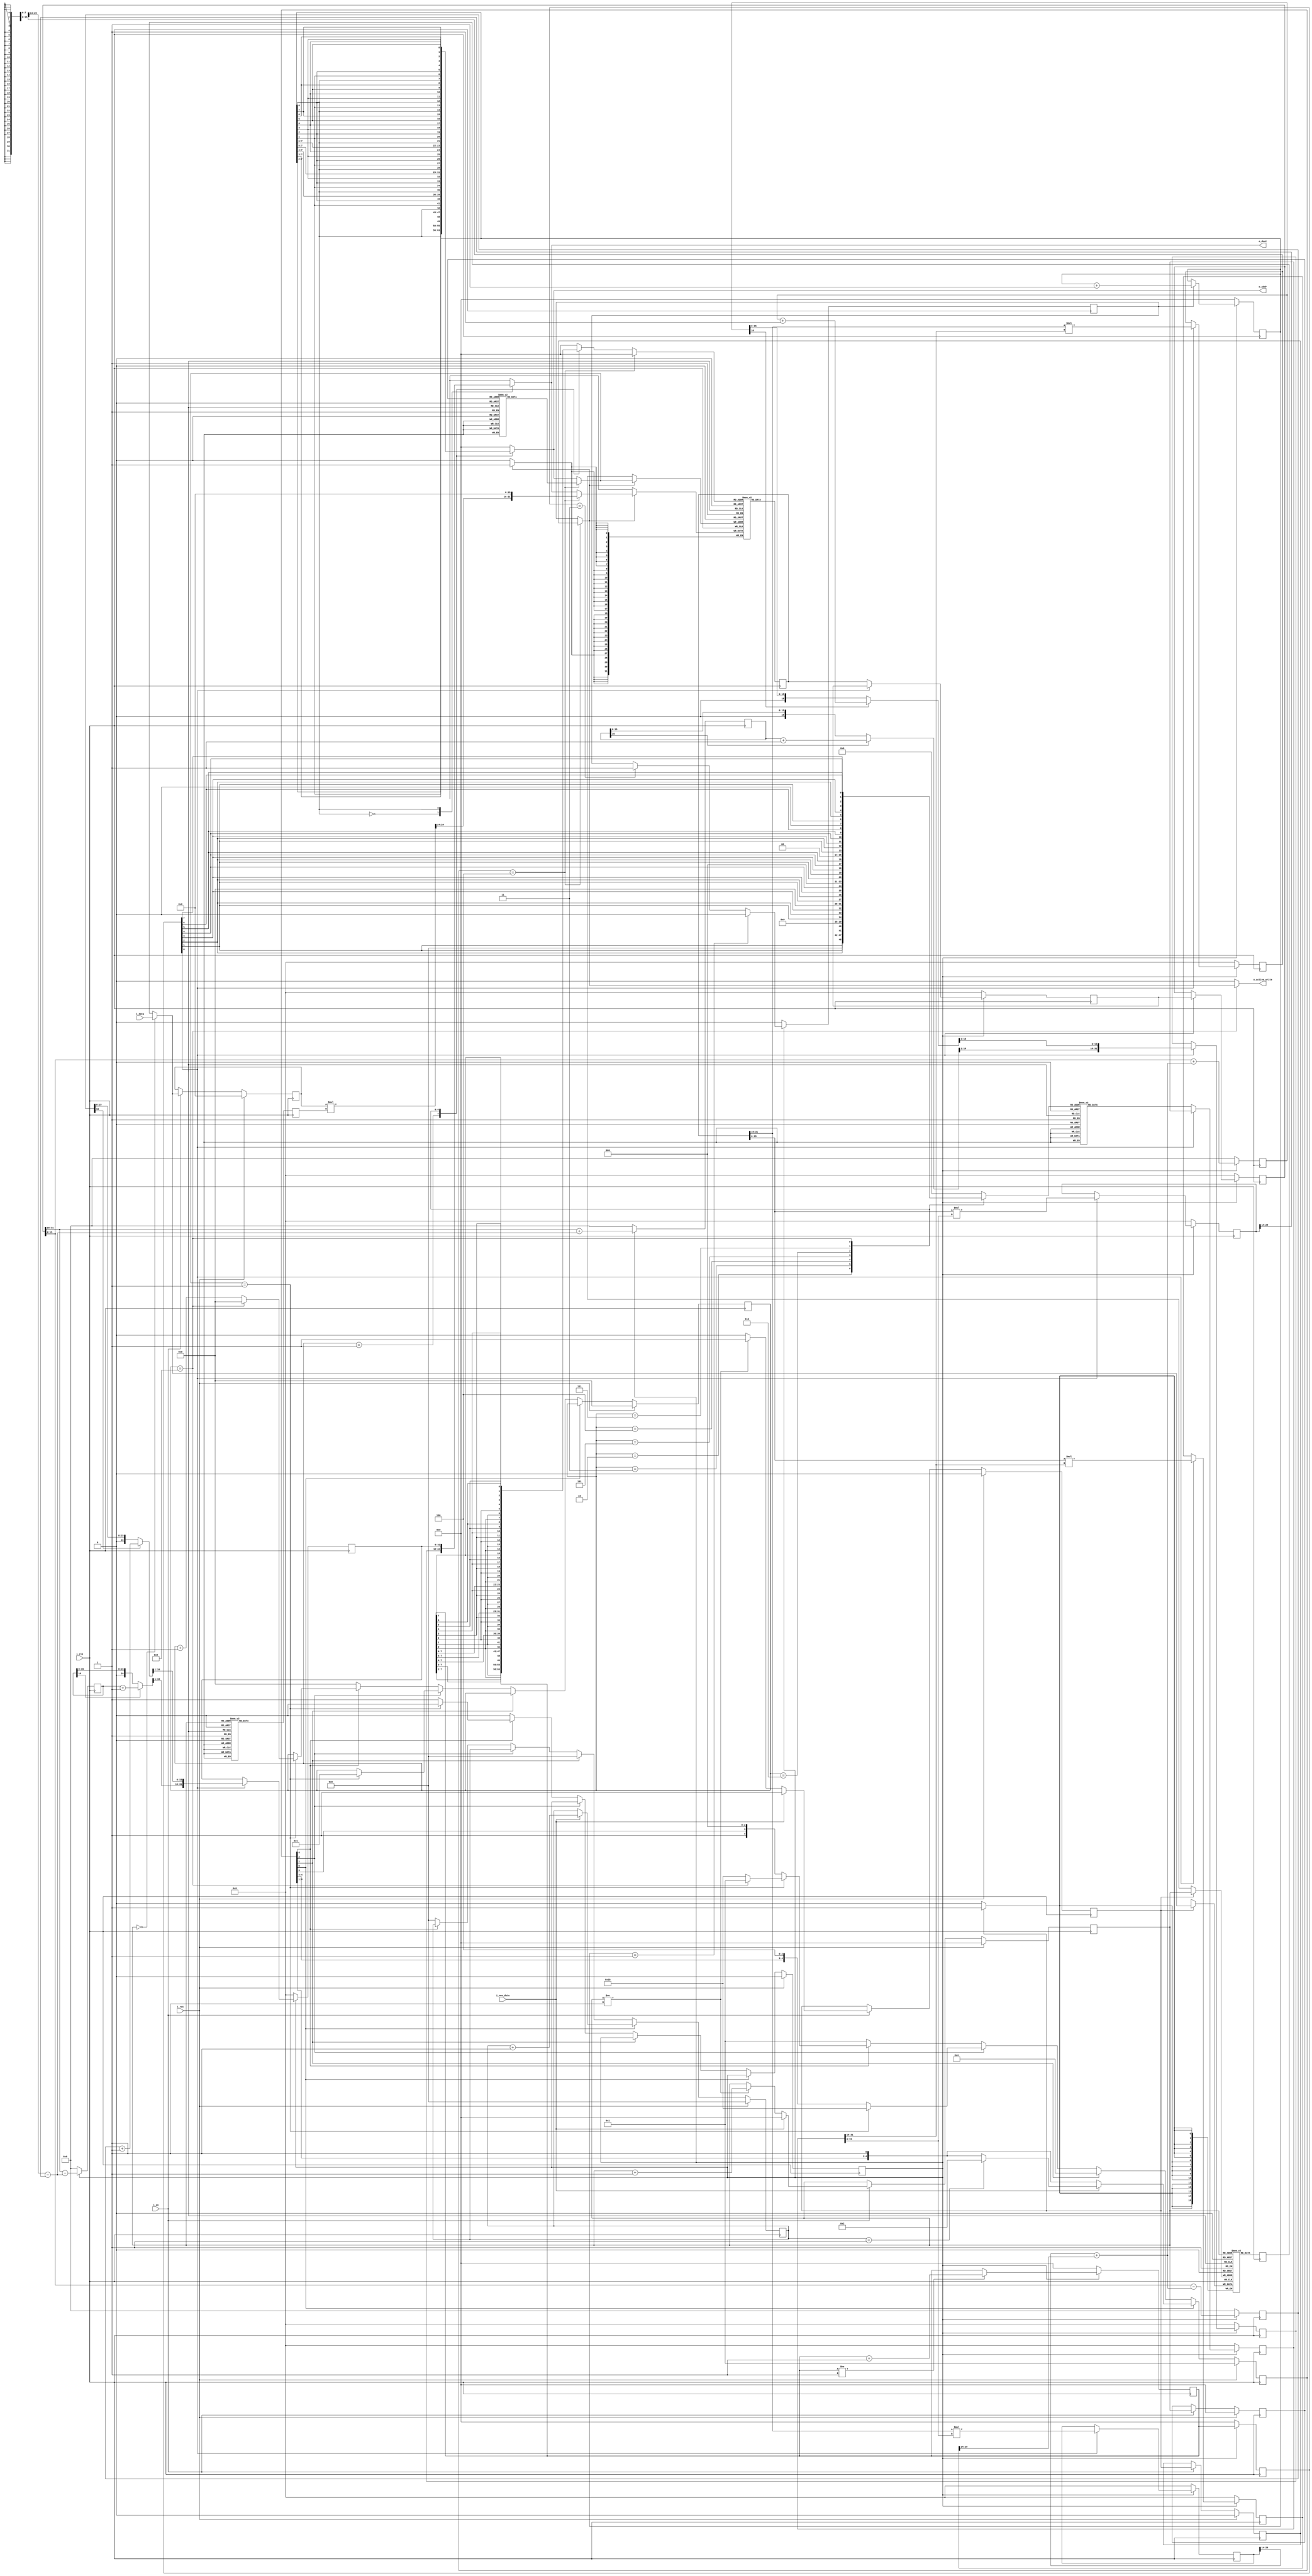
// Generated by MyHDL 0.8.1


`timescale 1ns/10ps

module FFT_FSM (
    i_clk,
    i_rst,
    i_en,
    i_new_data,
    i_data,
    o_dout,
    o_active_write,
    o_addr
);


input i_clk;
input i_rst;
input i_en;
input i_new_data;
input signed [15:0] i_data;
output signed [31:0] o_dout;
wire signed [31:0] o_dout;
output o_active_write;
reg o_active_write;
output [7:0] o_addr;
wire [7:0] o_addr;

reg [7:0] i_w_muxed_rd_addr;
reg i_w_muxed_we;
wire [7:0] o_w_union4_wr_addr;
wire o_w_shift_active;
reg [5:0] r_cnt;
wire signed [15:0] o_w_shift_data;
reg [7:0] i_w_muxed_wr_addr;
wire o_w_union4_we;
reg r_en_un4;
reg [4:0] r_state;
wire signed [31:0] o_w_union4_data;
wire signed [31:0] o_w_dualram_data;
reg [7:0] o_w_shift_addr;
reg signed [31:0] i_w_muxed_data;
wire [7:0] o_w_union4_rd_addr;
reg [3:0] r_log_val;
reg signed [31:0] inst_1_r_Dre_Wim;
wire signed [15:0] inst_1_w_Dim;
reg signed [16:0] inst_1_r_sum_re_minus;
reg signed [31:0] inst_1_r_Wre_Wim;
wire signed [15:0] inst_1_w_mult_im;
reg signed [16:0] inst_1_r_sum_im_plus;
reg signed [16:0] inst_1_r_sum_re_plus;
wire signed [15:0] inst_1_w_Rre;
wire signed [15:0] inst_1_w_mult_re;
reg [7:0] inst_1_r_wr_addr;
reg [7:0] inst_1_w_bit_reverse_wr_addr;
wire signed [15:0] inst_1_w_Dre;
reg [6:0] inst_1_w_bit_reverse_w_addr;
reg signed [15:0] inst_1_r_Wim;
reg signed [31:0] inst_1_r_Dre_Wre;
reg [7:0] inst_1_w_bit_reverse_rd_addr;
reg signed [15:0] inst_1_r_Wre;
reg inst_1_r_we;
reg signed [16:0] inst_1_w_out_re1;
reg signed [16:0] inst_1_w_out_re0;
reg signed [31:0] inst_1_r_Dim_Wre;
reg signed [31:0] inst_1_r_Dim_Wim;
reg signed [16:0] inst_1_r_sum_im_minus;
wire signed [15:0] inst_1_w_Rim;
reg signed [16:0] inst_1_w_out_im0;
reg signed [16:0] inst_1_w_out_im1;
reg signed [31:0] fsm_dualram_r_dout;
reg inst_7_r_shift_act;
reg inst_7_r_we;
wire signed [15:0] inst_7_w_rom_dout;
wire signed [15:0] inst_7_w_ram_dout;
wire signed [31:0] inst_7_w_mult;
reg signed [15:0] inst_7_r_shift_dout;
reg signed [15:0] inst_7_w_ram_din;
reg [7:0] inst_7_r_addr;
reg [7:0] inst_7_r_shift_addr;
reg signed [15:0] inst_7_rom_r_dout;
reg signed [15:0] inst_7_ram_r_dout;

reg [31:0] inst_1_r_out_data [0:2-1];
reg signed [31:0] inst_1_r_i_data [0:2-1];
reg [7:0] inst_1_r_rd_addr [0:2-1];
reg signed [31:0] fsm_dualram_mem [0:256-1];
reg signed [15:0] inst_7_ram_mem [0:256-1];




always @(o_w_shift_data, r_state, o_w_union4_data) begin: FFT_FSM_INST_0
    if ((r_state == 5'b00100)) begin
        i_w_muxed_data = (o_w_shift_data << 16);
    end
    else begin
        i_w_muxed_data = o_w_union4_data;
    end
end


always @(posedge i_clk) begin: FFT_FSM_INST_1_INST_0
    if ((r_en_un4 == 0)) begin
        inst_1_r_i_data[0] <= 0;
        inst_1_r_i_data[1] <= 0;
        inst_1_r_wr_addr <= 0;
        inst_1_r_rd_addr[0] <= 0;
        inst_1_r_rd_addr[1] <= 0;
        inst_1_r_out_data[0] <= 0;
        inst_1_r_out_data[1] <= 0;
        inst_1_r_we <= 0;
        inst_1_r_Wre <= 0;
        inst_1_r_Wim <= 0;
        inst_1_r_Dre_Wre <= 0;
        inst_1_r_Dim_Wim <= 0;
        inst_1_r_Dre_Wim <= 0;
        inst_1_r_Dim_Wre <= 0;
        inst_1_r_Wre_Wim <= 0;
    end
    else begin
        inst_1_r_rd_addr[1] <= inst_1_r_rd_addr[0];
        if (($signed({1'b0, inst_1_r_rd_addr[0]}) != (256 - 1))) begin
            inst_1_r_rd_addr[0] <= (inst_1_r_rd_addr[0] + 1'b1);
        end
        if ((inst_1_r_rd_addr[1] == 3)) begin
            inst_1_r_we <= 1;
        end
        if (($signed({1'b0, inst_1_r_wr_addr}) == (256 - 1))) begin
            inst_1_r_we <= 0;
        end
        if ((inst_1_r_we == 1)) begin
            inst_1_r_wr_addr <= (inst_1_r_wr_addr + 1'b1);
        end
        if ((inst_1_r_rd_addr[1][0] == 0)) begin
            inst_1_r_i_data[0] <= o_w_dualram_data;
            case (inst_1_w_bit_reverse_w_addr)
                0: inst_1_r_Wre_Wim <= 32'h40000000;
                1: inst_1_r_Wre_Wim <= 1073479278;
                2: inst_1_r_Wre_Wim <= 1072495836;
                3: inst_1_r_Wre_Wim <= 1070922571;
                4: inst_1_r_Wre_Wim <= 1068628410;
                5: inst_1_r_Wre_Wim <= 1065744426;
                6: inst_1_r_Wre_Wim <= 1062205084;
                7: inst_1_r_Wre_Wim <= 1058010383;
                8: inst_1_r_Wre_Wim <= 1053160324;
                9: inst_1_r_Wre_Wim <= 1047720442;
                10: inst_1_r_Wre_Wim <= 1041625203;
                11: inst_1_r_Wre_Wim <= 1034940142;
                12: inst_1_r_Wre_Wim <= 1027599724;
                13: inst_1_r_Wre_Wim <= 1019603949;
                14: inst_1_r_Wre_Wim <= 1011018352;
                15: inst_1_r_Wre_Wim <= 1001842935;
                16: inst_1_r_Wre_Wim <= 992077698;
                17: inst_1_r_Wre_Wim <= 981657105;
                18: inst_1_r_Wre_Wim <= 970712227;
                19: inst_1_r_Wre_Wim <= 959177530;
                20: inst_1_r_Wre_Wim <= 946987477;
                21: inst_1_r_Wre_Wim <= 934338676;
                22: inst_1_r_Wre_Wim <= 921034521;
                23: inst_1_r_Wre_Wim <= 907206083;
                24: inst_1_r_Wre_Wim <= 892853362;
                25: inst_1_r_Wre_Wim <= 877910822;
                26: inst_1_r_Wre_Wim <= 862509536;
                27: inst_1_r_Wre_Wim <= 846518432;
                28: inst_1_r_Wre_Wim <= 830068582;
                29: inst_1_r_Wre_Wim <= 813094450;
                30: inst_1_r_Wre_Wim <= 795661573;
                31: inst_1_r_Wre_Wim <= 777704415;
                32: inst_1_r_Wre_Wim <= 759288511;
                33: inst_1_r_Wre_Wim <= 740413862;
                34: inst_1_r_Wre_Wim <= 721146004;
                35: inst_1_r_Wre_Wim <= 701419402;
                36: inst_1_r_Wre_Wim <= 681234055;
                37: inst_1_r_Wre_Wim <= 660655500;
                38: inst_1_r_Wre_Wim <= 639683736;
                39: inst_1_r_Wre_Wim <= 618318765;
                40: inst_1_r_Wre_Wim <= 596560585;
                41: inst_1_r_Wre_Wim <= 574474734;
                42: inst_1_r_Wre_Wim <= 552061211;
                43: inst_1_r_Wre_Wim <= 529320016;
                44: inst_1_r_Wre_Wim <= 506185615;
                45: inst_1_r_Wre_Wim <= 482789077;
                46: inst_1_r_Wre_Wim <= 459130405;
                47: inst_1_r_Wre_Wim <= 435144062;
                48: inst_1_r_Wre_Wim <= 410961119;
                49: inst_1_r_Wre_Wim <= 386516042;
                50: inst_1_r_Wre_Wim <= 361808830;
                51: inst_1_r_Wre_Wim <= 336839483;
                52: inst_1_r_Wre_Wim <= 311739073;
                53: inst_1_r_Wre_Wim <= 286442065;
                54: inst_1_r_Wre_Wim <= 260948459;
                55: inst_1_r_Wre_Wim <= 235323790;
                56: inst_1_r_Wre_Wim <= 209502523;
                57: inst_1_r_Wre_Wim <= 183615729;
                58: inst_1_r_Wre_Wim <= 157597873;
                59: inst_1_r_Wre_Wim <= 131514491;
                60: inst_1_r_Wre_Wim <= 105300047;
                61: inst_1_r_Wre_Wim <= 79020076;
                62: inst_1_r_Wre_Wim <= 52740116;
                63: inst_1_r_Wre_Wim <= 26394629;
                64: inst_1_r_Wre_Wim <= 49152;
                65: inst_1_r_Wre_Wim <= (-26296315);
                66: inst_1_r_Wre_Wim <= (-52641772);
                67: inst_1_r_Wre_Wim <= (-78921684);
                68: inst_1_r_Wre_Wim <= (-105201585);
                69: inst_1_r_Wre_Wim <= (-131415941);
                70: inst_1_r_Wre_Wim <= (-157499215);
                71: inst_1_r_Wre_Wim <= (-183516943);
                72: inst_1_r_Wre_Wim <= (-209403589);
                73: inst_1_r_Wre_Wim <= (-235224690);
                74: inst_1_r_Wre_Wim <= (-260849173);
                75: inst_1_r_Wre_Wim <= (-286342575);
                76: inst_1_r_Wre_Wim <= (-311639359);
                77: inst_1_r_Wre_Wim <= (-336739525);
                78: inst_1_r_Wre_Wim <= (-361708610);
                79: inst_1_r_Wre_Wim <= (-386415542);
                80: inst_1_r_Wre_Wim <= (-410860321);
                81: inst_1_r_Wre_Wim <= (-435042946);
                82: inst_1_r_Wre_Wim <= (-459028955);
                83: inst_1_r_Wre_Wim <= (-482687275);
                84: inst_1_r_Wre_Wim <= (-506083441);
                85: inst_1_r_Wre_Wim <= (-529217456);
                86: inst_1_r_Wre_Wim <= (-551958245);
                87: inst_1_r_Wre_Wim <= (-574371346);
                88: inst_1_r_Wre_Wim <= (-596456759);
                89: inst_1_r_Wre_Wim <= (-618214483);
                90: inst_1_r_Wre_Wim <= (-639578984);
                91: inst_1_r_Wre_Wim <= (-660550260);
                92: inst_1_r_Wre_Wim <= (-681128313);
                93: inst_1_r_Wre_Wim <= (-701313142);
                94: inst_1_r_Wre_Wim <= (-721039212);
                95: inst_1_r_Wre_Wim <= (-740306522);
                96: inst_1_r_Wre_Wim <= (-759180609);
                97: inst_1_r_Wre_Wim <= (-777595937);
                98: inst_1_r_Wre_Wim <= (-795552507);
                99: inst_1_r_Wre_Wim <= (-812984782);
                100: inst_1_r_Wre_Wim <= (-829958298);
                101: inst_1_r_Wre_Wim <= (-846407520);
                102: inst_1_r_Wre_Wim <= (-862397984);
                103: inst_1_r_Wre_Wim <= (-877798618);
                104: inst_1_r_Wre_Wim <= (-892740494);
                105: inst_1_r_Wre_Wim <= (-907092541);
                106: inst_1_r_Wre_Wim <= (-920920295);
                107: inst_1_r_Wre_Wim <= (-934223756);
                108: inst_1_r_Wre_Wim <= (-946871851);
                109: inst_1_r_Wre_Wim <= (-959061190);
                110: inst_1_r_Wre_Wim <= (-970595165);
                111: inst_1_r_Wre_Wim <= (-981539311);
                112: inst_1_r_Wre_Wim <= (-991959166);
                113: inst_1_r_Wre_Wim <= (-1001723657);
                114: inst_1_r_Wre_Wim <= (-1010898320);
                115: inst_1_r_Wre_Wim <= (-1019483155);
                116: inst_1_r_Wre_Wim <= (-1027478164);
                117: inst_1_r_Wre_Wim <= (-1034817810);
                118: inst_1_r_Wre_Wim <= (-1041502093);
                119: inst_1_r_Wre_Wim <= (-1047596550);
                120: inst_1_r_Wre_Wim <= (-1053035644);
                121: inst_1_r_Wre_Wim <= (-1057884913);
                122: inst_1_r_Wre_Wim <= (-1062078820);
                123: inst_1_r_Wre_Wim <= (-1065617366);
                124: inst_1_r_Wre_Wim <= (-1068500550);
                125: inst_1_r_Wre_Wim <= (-1070793909);
                126: inst_1_r_Wre_Wim <= (-1072366372);
                default: inst_1_r_Wre_Wim <= (-1073349010);
            endcase
        end
        else begin
            inst_1_r_Dre_Wre <= (inst_1_w_Dre * $signed(inst_1_r_Wre_Wim[32-1:16]));
            inst_1_r_Dim_Wim <= (inst_1_w_Dim * $signed(inst_1_r_Wre_Wim[16-1:0]));
            inst_1_r_Dre_Wim <= (inst_1_w_Dre * $signed(inst_1_r_Wre_Wim[16-1:0]));
            inst_1_r_Dim_Wre <= (inst_1_w_Dim * $signed(inst_1_r_Wre_Wim[32-1:16]));
            inst_1_r_i_data[1] <= inst_1_r_i_data[0];
            inst_1_r_out_data[0] <= {inst_1_w_out_re0[17-1:1], inst_1_w_out_im0[17-1:1]};
            inst_1_r_out_data[1] <= {inst_1_w_out_re1[17-1:1], inst_1_w_out_im1[17-1:1]};
        end
    end
end



assign inst_1_w_Rim = $signed(inst_1_r_i_data[1][16-1:0]);


always @(inst_1_r_rd_addr[0], inst_1_r_rd_addr[1], r_log_val) begin: FFT_FSM_INST_1_INST_2
    case (r_log_val)
        'h1: begin
            inst_1_w_bit_reverse_rd_addr = {inst_1_r_rd_addr[0][7], inst_1_r_rd_addr[0][6], inst_1_r_rd_addr[0][5], inst_1_r_rd_addr[0][4], inst_1_r_rd_addr[0][3], inst_1_r_rd_addr[0][2], inst_1_r_rd_addr[0][1], inst_1_r_rd_addr[0][0]};
        end
        'h2: begin
            inst_1_w_bit_reverse_rd_addr = {inst_1_r_rd_addr[0][7], inst_1_r_rd_addr[0][6], inst_1_r_rd_addr[0][5], inst_1_r_rd_addr[0][4], inst_1_r_rd_addr[0][3], inst_1_r_rd_addr[0][2], inst_1_r_rd_addr[0][0], inst_1_r_rd_addr[0][1]};
        end
        'h3: begin
            inst_1_w_bit_reverse_rd_addr = {inst_1_r_rd_addr[0][7], inst_1_r_rd_addr[0][6], inst_1_r_rd_addr[0][5], inst_1_r_rd_addr[0][4], inst_1_r_rd_addr[0][3], inst_1_r_rd_addr[0][0], inst_1_r_rd_addr[0][1], inst_1_r_rd_addr[0][2]};
        end
        'h4: begin
            inst_1_w_bit_reverse_rd_addr = {inst_1_r_rd_addr[0][7], inst_1_r_rd_addr[0][6], inst_1_r_rd_addr[0][5], inst_1_r_rd_addr[0][4], inst_1_r_rd_addr[0][0], inst_1_r_rd_addr[0][1], inst_1_r_rd_addr[0][2], inst_1_r_rd_addr[0][3]};
        end
        'h5: begin
            inst_1_w_bit_reverse_rd_addr = {inst_1_r_rd_addr[0][7], inst_1_r_rd_addr[0][6], inst_1_r_rd_addr[0][5], inst_1_r_rd_addr[0][0], inst_1_r_rd_addr[0][1], inst_1_r_rd_addr[0][2], inst_1_r_rd_addr[0][3], inst_1_r_rd_addr[0][4]};
        end
        'h6: begin
            inst_1_w_bit_reverse_rd_addr = {inst_1_r_rd_addr[0][7], inst_1_r_rd_addr[0][6], inst_1_r_rd_addr[0][0], inst_1_r_rd_addr[0][1], inst_1_r_rd_addr[0][2], inst_1_r_rd_addr[0][3], inst_1_r_rd_addr[0][4], inst_1_r_rd_addr[0][5]};
        end
        'h7: begin
            inst_1_w_bit_reverse_rd_addr = {inst_1_r_rd_addr[0][7], inst_1_r_rd_addr[0][0], inst_1_r_rd_addr[0][1], inst_1_r_rd_addr[0][2], inst_1_r_rd_addr[0][3], inst_1_r_rd_addr[0][4], inst_1_r_rd_addr[0][5], inst_1_r_rd_addr[0][6]};
        end
        'h8: begin
            inst_1_w_bit_reverse_rd_addr = {inst_1_r_rd_addr[0][0], inst_1_r_rd_addr[0][1], inst_1_r_rd_addr[0][2], inst_1_r_rd_addr[0][3], inst_1_r_rd_addr[0][4], inst_1_r_rd_addr[0][5], inst_1_r_rd_addr[0][6], inst_1_r_rd_addr[0][7]};
        end
        default: begin
            inst_1_w_bit_reverse_rd_addr = 0;
        end
    endcase
end



assign o_w_union4_data = $signed(inst_1_r_out_data[inst_1_r_wr_addr[0]]);



assign o_w_union4_we = inst_1_r_we;



assign inst_1_w_Dim = $signed(o_w_dualram_data[16-1:0]);


always @(inst_1_r_wr_addr, r_log_val) begin: FFT_FSM_INST_1_F_BITREV_DATA_WR_ADDR
    case (r_log_val)
        'h1: begin
            inst_1_w_bit_reverse_wr_addr = {inst_1_r_wr_addr[7], inst_1_r_wr_addr[6], inst_1_r_wr_addr[5], inst_1_r_wr_addr[4], inst_1_r_wr_addr[3], inst_1_r_wr_addr[2], inst_1_r_wr_addr[1], inst_1_r_wr_addr[0]};
        end
        'h2: begin
            inst_1_w_bit_reverse_wr_addr = {inst_1_r_wr_addr[7], inst_1_r_wr_addr[6], inst_1_r_wr_addr[5], inst_1_r_wr_addr[4], inst_1_r_wr_addr[3], inst_1_r_wr_addr[2], inst_1_r_wr_addr[0], inst_1_r_wr_addr[1]};
        end
        'h3: begin
            inst_1_w_bit_reverse_wr_addr = {inst_1_r_wr_addr[7], inst_1_r_wr_addr[6], inst_1_r_wr_addr[5], inst_1_r_wr_addr[4], inst_1_r_wr_addr[3], inst_1_r_wr_addr[0], inst_1_r_wr_addr[1], inst_1_r_wr_addr[2]};
        end
        'h4: begin
            inst_1_w_bit_reverse_wr_addr = {inst_1_r_wr_addr[7], inst_1_r_wr_addr[6], inst_1_r_wr_addr[5], inst_1_r_wr_addr[4], inst_1_r_wr_addr[0], inst_1_r_wr_addr[1], inst_1_r_wr_addr[2], inst_1_r_wr_addr[3]};
        end
        'h5: begin
            inst_1_w_bit_reverse_wr_addr = {inst_1_r_wr_addr[7], inst_1_r_wr_addr[6], inst_1_r_wr_addr[5], inst_1_r_wr_addr[0], inst_1_r_wr_addr[1], inst_1_r_wr_addr[2], inst_1_r_wr_addr[3], inst_1_r_wr_addr[4]};
        end
        'h6: begin
            inst_1_w_bit_reverse_wr_addr = {inst_1_r_wr_addr[7], inst_1_r_wr_addr[6], inst_1_r_wr_addr[0], inst_1_r_wr_addr[1], inst_1_r_wr_addr[2], inst_1_r_wr_addr[3], inst_1_r_wr_addr[4], inst_1_r_wr_addr[5]};
        end
        'h7: begin
            inst_1_w_bit_reverse_wr_addr = {inst_1_r_wr_addr[7], inst_1_r_wr_addr[0], inst_1_r_wr_addr[1], inst_1_r_wr_addr[2], inst_1_r_wr_addr[3], inst_1_r_wr_addr[4], inst_1_r_wr_addr[5], inst_1_r_wr_addr[6]};
        end
        'h8: begin
            inst_1_w_bit_reverse_wr_addr = {inst_1_r_wr_addr[0], inst_1_r_wr_addr[1], inst_1_r_wr_addr[2], inst_1_r_wr_addr[3], inst_1_r_wr_addr[4], inst_1_r_wr_addr[5], inst_1_r_wr_addr[6], inst_1_r_wr_addr[7]};
        end
        default: begin
            inst_1_w_bit_reverse_wr_addr = 0;
        end
    endcase
end


always @(inst_1_r_rd_addr[0], inst_1_r_rd_addr[1], r_log_val) begin: FFT_FSM_INST_1_F_BITREV_W_ADDR
    case (r_log_val)
        'h1: begin
            inst_1_w_bit_reverse_w_addr = {1'b0, 1'b0, 1'b0, 1'b0, 1'b0, 1'b0, 1'b0};
        end
        'h2: begin
            inst_1_w_bit_reverse_w_addr = {inst_1_r_rd_addr[1][1], 1'b0, 1'b0, 1'b0, 1'b0, 1'b0, 1'b0};
        end
        'h3: begin
            inst_1_w_bit_reverse_w_addr = {inst_1_r_rd_addr[1][1], inst_1_r_rd_addr[1][2], 1'b0, 1'b0, 1'b0, 1'b0, 1'b0};
        end
        'h4: begin
            inst_1_w_bit_reverse_w_addr = {inst_1_r_rd_addr[1][1], inst_1_r_rd_addr[1][2], inst_1_r_rd_addr[1][3], 1'b0, 1'b0, 1'b0, 1'b0};
        end
        'h5: begin
            inst_1_w_bit_reverse_w_addr = {inst_1_r_rd_addr[1][1], inst_1_r_rd_addr[1][2], inst_1_r_rd_addr[1][3], inst_1_r_rd_addr[1][4], 1'b0, 1'b0, 1'b0};
        end
        'h6: begin
            inst_1_w_bit_reverse_w_addr = {inst_1_r_rd_addr[1][1], inst_1_r_rd_addr[1][2], inst_1_r_rd_addr[1][3], inst_1_r_rd_addr[1][4], inst_1_r_rd_addr[1][5], 1'b0, 1'b0};
        end
        'h7: begin
            inst_1_w_bit_reverse_w_addr = {inst_1_r_rd_addr[1][1], inst_1_r_rd_addr[1][2], inst_1_r_rd_addr[1][3], inst_1_r_rd_addr[1][4], inst_1_r_rd_addr[1][5], inst_1_r_rd_addr[1][6], 1'b0};
        end
        'h8: begin
            inst_1_w_bit_reverse_w_addr = {inst_1_r_rd_addr[1][1], inst_1_r_rd_addr[1][2], inst_1_r_rd_addr[1][3], inst_1_r_rd_addr[1][4], inst_1_r_rd_addr[1][5], inst_1_r_rd_addr[1][6], inst_1_r_rd_addr[1][7]};
        end
        default: begin
            inst_1_w_bit_reverse_w_addr = 0;
        end
    endcase
end



assign o_w_union4_rd_addr = inst_1_w_bit_reverse_rd_addr[8-1:0];


always @(posedge i_clk) begin: FFT_FSM_INST_1_F_SUM
    if ((r_en_un4 == 0)) begin
        inst_1_r_sum_re_plus <= 0;
        inst_1_r_sum_im_plus <= 0;
        inst_1_r_sum_re_minus <= 0;
        inst_1_r_sum_im_minus <= 0;
    end
    else begin
        inst_1_r_sum_re_plus <= (inst_1_w_Rre + inst_1_w_mult_re);
        inst_1_r_sum_im_plus <= (inst_1_w_Rim + inst_1_w_mult_im);
        inst_1_r_sum_re_minus <= (inst_1_w_Rre - inst_1_w_mult_re);
        inst_1_r_sum_im_minus <= (inst_1_w_Rim - inst_1_w_mult_im);
    end
end



assign inst_1_w_mult_re = ($signed(inst_1_r_Dre_Wre[(16 + 14)-1:14]) - $signed(inst_1_r_Dim_Wim[(16 + 14)-1:14]));
assign inst_1_w_mult_im = ($signed(inst_1_r_Dre_Wim[(16 + 14)-1:14]) + $signed(inst_1_r_Dim_Wre[(16 + 14)-1:14]));



assign o_w_union4_wr_addr = inst_1_w_bit_reverse_wr_addr[8-1:0];



assign inst_1_w_Rre = $signed(inst_1_r_i_data[1][32-1:16]);


always @(inst_1_r_sum_im_minus, inst_1_r_sum_re_minus, inst_1_r_sum_re_plus, inst_1_r_sum_im_plus) begin: FFT_FSM_INST_1_F_OUT_DATA
    if ((inst_1_r_sum_re_plus[16] == 1)) begin
        inst_1_w_out_re0 = (inst_1_r_sum_re_plus + 1'b1);
    end
    else begin
        inst_1_w_out_re0 = inst_1_r_sum_re_plus;
    end
    if ((inst_1_r_sum_im_plus[16] == 1)) begin
        inst_1_w_out_im0 = (inst_1_r_sum_im_plus + 1'b1);
    end
    else begin
        inst_1_w_out_im0 = inst_1_r_sum_im_plus;
    end
    if ((inst_1_r_sum_re_minus[16] == 1)) begin
        inst_1_w_out_re1 = (inst_1_r_sum_re_minus + 1'b1);
    end
    else begin
        inst_1_w_out_re1 = inst_1_r_sum_re_minus;
    end
    if ((inst_1_r_sum_im_minus[16] == 1)) begin
        inst_1_w_out_im1 = (inst_1_r_sum_im_minus + 1'b1);
    end
    else begin
        inst_1_w_out_im1 = inst_1_r_sum_im_minus;
    end
end



assign inst_1_w_Dre = $signed(o_w_dualram_data[32-1:16]);


always @(posedge i_clk) begin: FFT_FSM_INST_2
    if ((i_rst == 1)) begin
        r_state <= 5'b00001;
        r_cnt <= 0;
        r_log_val <= 0;
        r_en_un4 <= 0;
    end
    else begin
        casez (r_state)
            5'b????1: begin
                if (i_new_data) begin
                    r_cnt <= (r_cnt + 1'b1);
                    if (($signed({1'b0, r_cnt}) == (64 - 1))) begin
                        r_state <= 5'b00010;
                    end
                end
            end
            5'b???1?: begin
                r_cnt <= 0;
                r_state <= 5'b00100;
            end
            5'b??1??: begin
                if (($signed({1'b0, i_w_muxed_wr_addr}) == (256 - 1))) begin
                    r_state <= 5'b10000;
                    r_log_val <= 1;
                end
            end
            5'b1????: begin
                r_en_un4 <= 1;
                if (($signed({1'b0, i_w_muxed_wr_addr}) == (256 - 1))) begin
                    r_en_un4 <= 0;
                    if ((r_log_val == 8)) begin
                        r_state <= 5'b00001;
                        r_log_val <= 0;
                    end
                    else begin
                        r_state <= 5'b10000;
                        r_log_val <= (r_log_val + 1'b1);
                    end
                end
            end
            default: begin
                r_state <= 5'b00001;
                r_cnt <= 0;
                r_log_val <= 0;
                r_en_un4 <= 0;
            end
        endcase
    end
end



assign o_dout = o_w_union4_data;


always @(r_log_val, i_w_muxed_we) begin: FFT_FSM_INST_4
    if ((r_log_val == 8)) begin
        o_active_write = i_w_muxed_we;
    end
    else begin
        o_active_write = 0;
    end
end


always @(o_w_shift_addr, r_state, o_w_union4_wr_addr) begin: FFT_FSM_INST_5
    if ((r_state == 5'b00100)) begin
        i_w_muxed_wr_addr = o_w_shift_addr;
    end
    else begin
        i_w_muxed_wr_addr = o_w_union4_wr_addr;
    end
end



assign o_addr = o_w_union4_wr_addr;



assign inst_7_w_ram_dout = inst_7_ram_r_dout;


always @(posedge i_clk) begin: FFT_FSM_INST_7_RAM_SEQ
    inst_7_ram_r_dout <= inst_7_ram_mem[inst_7_r_addr];
    if ((inst_7_r_we == 1)) begin
        inst_7_ram_mem[inst_7_r_addr] <= inst_7_w_ram_din;
    end
end



assign inst_7_w_rom_dout = inst_7_rom_r_dout;


always @(posedge i_clk) begin: FFT_FSM_INST_7_ROM_SEQ
    case (inst_7_r_addr)
        0: inst_7_rom_r_dout <= 16384;
        1: inst_7_rom_r_dout <= 16384;
        2: inst_7_rom_r_dout <= 16384;
        3: inst_7_rom_r_dout <= 16384;
        4: inst_7_rom_r_dout <= 16384;
        5: inst_7_rom_r_dout <= 16384;
        6: inst_7_rom_r_dout <= 16384;
        7: inst_7_rom_r_dout <= 16384;
        8: inst_7_rom_r_dout <= 16384;
        9: inst_7_rom_r_dout <= 16384;
        10: inst_7_rom_r_dout <= 16384;
        11: inst_7_rom_r_dout <= 16384;
        12: inst_7_rom_r_dout <= 16384;
        13: inst_7_rom_r_dout <= 16384;
        14: inst_7_rom_r_dout <= 16384;
        15: inst_7_rom_r_dout <= 16384;
        16: inst_7_rom_r_dout <= 16384;
        17: inst_7_rom_r_dout <= 16384;
        18: inst_7_rom_r_dout <= 16384;
        19: inst_7_rom_r_dout <= 16384;
        20: inst_7_rom_r_dout <= 16384;
        21: inst_7_rom_r_dout <= 16384;
        22: inst_7_rom_r_dout <= 16384;
        23: inst_7_rom_r_dout <= 16384;
        24: inst_7_rom_r_dout <= 16384;
        25: inst_7_rom_r_dout <= 16384;
        26: inst_7_rom_r_dout <= 16384;
        27: inst_7_rom_r_dout <= 16384;
        28: inst_7_rom_r_dout <= 16384;
        29: inst_7_rom_r_dout <= 16384;
        30: inst_7_rom_r_dout <= 16384;
        31: inst_7_rom_r_dout <= 16384;
        32: inst_7_rom_r_dout <= 16384;
        33: inst_7_rom_r_dout <= 16384;
        34: inst_7_rom_r_dout <= 16384;
        35: inst_7_rom_r_dout <= 16384;
        36: inst_7_rom_r_dout <= 16384;
        37: inst_7_rom_r_dout <= 16384;
        38: inst_7_rom_r_dout <= 16384;
        39: inst_7_rom_r_dout <= 16384;
        40: inst_7_rom_r_dout <= 16384;
        41: inst_7_rom_r_dout <= 16384;
        42: inst_7_rom_r_dout <= 16384;
        43: inst_7_rom_r_dout <= 16384;
        44: inst_7_rom_r_dout <= 16384;
        45: inst_7_rom_r_dout <= 16384;
        46: inst_7_rom_r_dout <= 16384;
        47: inst_7_rom_r_dout <= 16384;
        48: inst_7_rom_r_dout <= 16384;
        49: inst_7_rom_r_dout <= 16384;
        50: inst_7_rom_r_dout <= 16384;
        51: inst_7_rom_r_dout <= 16384;
        52: inst_7_rom_r_dout <= 16384;
        53: inst_7_rom_r_dout <= 16384;
        54: inst_7_rom_r_dout <= 16384;
        55: inst_7_rom_r_dout <= 16384;
        56: inst_7_rom_r_dout <= 16384;
        57: inst_7_rom_r_dout <= 16384;
        58: inst_7_rom_r_dout <= 16384;
        59: inst_7_rom_r_dout <= 16384;
        60: inst_7_rom_r_dout <= 16384;
        61: inst_7_rom_r_dout <= 16384;
        62: inst_7_rom_r_dout <= 16384;
        63: inst_7_rom_r_dout <= 16384;
        64: inst_7_rom_r_dout <= 16384;
        65: inst_7_rom_r_dout <= 16384;
        66: inst_7_rom_r_dout <= 16384;
        67: inst_7_rom_r_dout <= 16384;
        68: inst_7_rom_r_dout <= 16384;
        69: inst_7_rom_r_dout <= 16384;
        70: inst_7_rom_r_dout <= 16384;
        71: inst_7_rom_r_dout <= 16384;
        72: inst_7_rom_r_dout <= 16384;
        73: inst_7_rom_r_dout <= 16384;
        74: inst_7_rom_r_dout <= 16384;
        75: inst_7_rom_r_dout <= 16384;
        76: inst_7_rom_r_dout <= 16384;
        77: inst_7_rom_r_dout <= 16384;
        78: inst_7_rom_r_dout <= 16384;
        79: inst_7_rom_r_dout <= 16384;
        80: inst_7_rom_r_dout <= 16384;
        81: inst_7_rom_r_dout <= 16384;
        82: inst_7_rom_r_dout <= 16384;
        83: inst_7_rom_r_dout <= 16384;
        84: inst_7_rom_r_dout <= 16384;
        85: inst_7_rom_r_dout <= 16384;
        86: inst_7_rom_r_dout <= 16384;
        87: inst_7_rom_r_dout <= 16384;
        88: inst_7_rom_r_dout <= 16384;
        89: inst_7_rom_r_dout <= 16384;
        90: inst_7_rom_r_dout <= 16384;
        91: inst_7_rom_r_dout <= 16384;
        92: inst_7_rom_r_dout <= 16384;
        93: inst_7_rom_r_dout <= 16384;
        94: inst_7_rom_r_dout <= 16384;
        95: inst_7_rom_r_dout <= 16384;
        96: inst_7_rom_r_dout <= 16384;
        97: inst_7_rom_r_dout <= 16384;
        98: inst_7_rom_r_dout <= 16384;
        99: inst_7_rom_r_dout <= 16384;
        100: inst_7_rom_r_dout <= 16384;
        101: inst_7_rom_r_dout <= 16384;
        102: inst_7_rom_r_dout <= 16384;
        103: inst_7_rom_r_dout <= 16384;
        104: inst_7_rom_r_dout <= 16384;
        105: inst_7_rom_r_dout <= 16384;
        106: inst_7_rom_r_dout <= 16384;
        107: inst_7_rom_r_dout <= 16384;
        108: inst_7_rom_r_dout <= 16384;
        109: inst_7_rom_r_dout <= 16384;
        110: inst_7_rom_r_dout <= 16384;
        111: inst_7_rom_r_dout <= 16384;
        112: inst_7_rom_r_dout <= 16384;
        113: inst_7_rom_r_dout <= 16384;
        114: inst_7_rom_r_dout <= 16384;
        115: inst_7_rom_r_dout <= 16384;
        116: inst_7_rom_r_dout <= 16384;
        117: inst_7_rom_r_dout <= 16384;
        118: inst_7_rom_r_dout <= 16384;
        119: inst_7_rom_r_dout <= 16384;
        120: inst_7_rom_r_dout <= 16384;
        121: inst_7_rom_r_dout <= 16384;
        122: inst_7_rom_r_dout <= 16384;
        123: inst_7_rom_r_dout <= 16384;
        124: inst_7_rom_r_dout <= 16384;
        125: inst_7_rom_r_dout <= 16384;
        126: inst_7_rom_r_dout <= 16384;
        127: inst_7_rom_r_dout <= 16384;
        128: inst_7_rom_r_dout <= 16384;
        129: inst_7_rom_r_dout <= 16384;
        130: inst_7_rom_r_dout <= 16384;
        131: inst_7_rom_r_dout <= 16384;
        132: inst_7_rom_r_dout <= 16384;
        133: inst_7_rom_r_dout <= 16384;
        134: inst_7_rom_r_dout <= 16384;
        135: inst_7_rom_r_dout <= 16384;
        136: inst_7_rom_r_dout <= 16384;
        137: inst_7_rom_r_dout <= 16384;
        138: inst_7_rom_r_dout <= 16384;
        139: inst_7_rom_r_dout <= 16384;
        140: inst_7_rom_r_dout <= 16384;
        141: inst_7_rom_r_dout <= 16384;
        142: inst_7_rom_r_dout <= 16384;
        143: inst_7_rom_r_dout <= 16384;
        144: inst_7_rom_r_dout <= 16384;
        145: inst_7_rom_r_dout <= 16384;
        146: inst_7_rom_r_dout <= 16384;
        147: inst_7_rom_r_dout <= 16384;
        148: inst_7_rom_r_dout <= 16384;
        149: inst_7_rom_r_dout <= 16384;
        150: inst_7_rom_r_dout <= 16384;
        151: inst_7_rom_r_dout <= 16384;
        152: inst_7_rom_r_dout <= 16384;
        153: inst_7_rom_r_dout <= 16384;
        154: inst_7_rom_r_dout <= 16384;
        155: inst_7_rom_r_dout <= 16384;
        156: inst_7_rom_r_dout <= 16384;
        157: inst_7_rom_r_dout <= 16384;
        158: inst_7_rom_r_dout <= 16384;
        159: inst_7_rom_r_dout <= 16384;
        160: inst_7_rom_r_dout <= 16384;
        161: inst_7_rom_r_dout <= 16384;
        162: inst_7_rom_r_dout <= 16384;
        163: inst_7_rom_r_dout <= 16384;
        164: inst_7_rom_r_dout <= 16384;
        165: inst_7_rom_r_dout <= 16384;
        166: inst_7_rom_r_dout <= 16384;
        167: inst_7_rom_r_dout <= 16384;
        168: inst_7_rom_r_dout <= 16384;
        169: inst_7_rom_r_dout <= 16384;
        170: inst_7_rom_r_dout <= 16384;
        171: inst_7_rom_r_dout <= 16384;
        172: inst_7_rom_r_dout <= 16384;
        173: inst_7_rom_r_dout <= 16384;
        174: inst_7_rom_r_dout <= 16384;
        175: inst_7_rom_r_dout <= 16384;
        176: inst_7_rom_r_dout <= 16384;
        177: inst_7_rom_r_dout <= 16384;
        178: inst_7_rom_r_dout <= 16384;
        179: inst_7_rom_r_dout <= 16384;
        180: inst_7_rom_r_dout <= 16384;
        181: inst_7_rom_r_dout <= 16384;
        182: inst_7_rom_r_dout <= 16384;
        183: inst_7_rom_r_dout <= 16384;
        184: inst_7_rom_r_dout <= 16384;
        185: inst_7_rom_r_dout <= 16384;
        186: inst_7_rom_r_dout <= 16384;
        187: inst_7_rom_r_dout <= 16384;
        188: inst_7_rom_r_dout <= 16384;
        189: inst_7_rom_r_dout <= 16384;
        190: inst_7_rom_r_dout <= 16384;
        191: inst_7_rom_r_dout <= 16384;
        192: inst_7_rom_r_dout <= 16384;
        193: inst_7_rom_r_dout <= 16384;
        194: inst_7_rom_r_dout <= 16384;
        195: inst_7_rom_r_dout <= 16384;
        196: inst_7_rom_r_dout <= 16384;
        197: inst_7_rom_r_dout <= 16384;
        198: inst_7_rom_r_dout <= 16384;
        199: inst_7_rom_r_dout <= 16384;
        200: inst_7_rom_r_dout <= 16384;
        201: inst_7_rom_r_dout <= 16384;
        202: inst_7_rom_r_dout <= 16384;
        203: inst_7_rom_r_dout <= 16384;
        204: inst_7_rom_r_dout <= 16384;
        205: inst_7_rom_r_dout <= 16384;
        206: inst_7_rom_r_dout <= 16384;
        207: inst_7_rom_r_dout <= 16384;
        208: inst_7_rom_r_dout <= 16384;
        209: inst_7_rom_r_dout <= 16384;
        210: inst_7_rom_r_dout <= 16384;
        211: inst_7_rom_r_dout <= 16384;
        212: inst_7_rom_r_dout <= 16384;
        213: inst_7_rom_r_dout <= 16384;
        214: inst_7_rom_r_dout <= 16384;
        215: inst_7_rom_r_dout <= 16384;
        216: inst_7_rom_r_dout <= 16384;
        217: inst_7_rom_r_dout <= 16384;
        218: inst_7_rom_r_dout <= 16384;
        219: inst_7_rom_r_dout <= 16384;
        220: inst_7_rom_r_dout <= 16384;
        221: inst_7_rom_r_dout <= 16384;
        222: inst_7_rom_r_dout <= 16384;
        223: inst_7_rom_r_dout <= 16384;
        224: inst_7_rom_r_dout <= 16384;
        225: inst_7_rom_r_dout <= 16384;
        226: inst_7_rom_r_dout <= 16384;
        227: inst_7_rom_r_dout <= 16384;
        228: inst_7_rom_r_dout <= 16384;
        229: inst_7_rom_r_dout <= 16384;
        230: inst_7_rom_r_dout <= 16384;
        231: inst_7_rom_r_dout <= 16384;
        232: inst_7_rom_r_dout <= 16384;
        233: inst_7_rom_r_dout <= 16384;
        234: inst_7_rom_r_dout <= 16384;
        235: inst_7_rom_r_dout <= 16384;
        236: inst_7_rom_r_dout <= 16384;
        237: inst_7_rom_r_dout <= 16384;
        238: inst_7_rom_r_dout <= 16384;
        239: inst_7_rom_r_dout <= 16384;
        240: inst_7_rom_r_dout <= 16384;
        241: inst_7_rom_r_dout <= 16384;
        242: inst_7_rom_r_dout <= 16384;
        243: inst_7_rom_r_dout <= 16384;
        244: inst_7_rom_r_dout <= 16384;
        245: inst_7_rom_r_dout <= 16384;
        246: inst_7_rom_r_dout <= 16384;
        247: inst_7_rom_r_dout <= 16384;
        248: inst_7_rom_r_dout <= 16384;
        249: inst_7_rom_r_dout <= 16384;
        250: inst_7_rom_r_dout <= 16384;
        251: inst_7_rom_r_dout <= 16384;
        252: inst_7_rom_r_dout <= 16384;
        253: inst_7_rom_r_dout <= 16384;
        254: inst_7_rom_r_dout <= 16384;
        default: inst_7_rom_r_dout <= 16384;
    endcase
end


always @(posedge i_clk) begin: FFT_FSM_INST_7_SEQ
    if ((i_rst == 1)) begin
        inst_7_r_shift_addr <= 0;
        inst_7_r_shift_dout <= 0;
        inst_7_r_shift_act <= 0;
        inst_7_r_we <= 0;
        inst_7_r_addr <= 0;
    end
    else if ((i_en == 1)) begin
        inst_7_r_shift_addr <= inst_7_r_addr;
        inst_7_r_shift_act <= inst_7_r_we;
        inst_7_r_shift_dout <= inst_7_w_ram_din;
        if (i_new_data) begin
            inst_7_r_we <= 1;
            inst_7_r_addr <= 0;
        end
        else begin
            if (($signed({1'b0, inst_7_r_addr}) != (256 - 1))) begin
                inst_7_r_addr <= (inst_7_r_addr + 1'b1);
                inst_7_r_we <= 1;
            end
            else begin
                inst_7_r_we <= 0;
            end
        end
    end
end


always @(inst_7_r_addr, i_data, inst_7_w_ram_dout) begin: FFT_FSM_INST_7_COMB
    if ((inst_7_r_addr == 0)) begin
        inst_7_w_ram_din = i_data;
    end
    else begin
        inst_7_w_ram_din = inst_7_w_ram_dout;
    end
end



assign o_w_shift_data = $signed(inst_7_w_mult[(16 + 14)-1:14]);



assign o_w_shift_active = inst_7_r_shift_act;


always @(inst_7_r_shift_addr) begin: FFT_FSM_INST_7_F_ADDR
    case (inst_7_r_shift_addr)
        0: o_w_shift_addr = 0;
        1: o_w_shift_addr = 128;
        2: o_w_shift_addr = 64;
        3: o_w_shift_addr = 192;
        4: o_w_shift_addr = 32;
        5: o_w_shift_addr = 160;
        6: o_w_shift_addr = 96;
        7: o_w_shift_addr = 224;
        8: o_w_shift_addr = 16;
        9: o_w_shift_addr = 144;
        10: o_w_shift_addr = 80;
        11: o_w_shift_addr = 208;
        12: o_w_shift_addr = 48;
        13: o_w_shift_addr = 176;
        14: o_w_shift_addr = 112;
        15: o_w_shift_addr = 240;
        16: o_w_shift_addr = 8;
        17: o_w_shift_addr = 136;
        18: o_w_shift_addr = 72;
        19: o_w_shift_addr = 200;
        20: o_w_shift_addr = 40;
        21: o_w_shift_addr = 168;
        22: o_w_shift_addr = 104;
        23: o_w_shift_addr = 232;
        24: o_w_shift_addr = 24;
        25: o_w_shift_addr = 152;
        26: o_w_shift_addr = 88;
        27: o_w_shift_addr = 216;
        28: o_w_shift_addr = 56;
        29: o_w_shift_addr = 184;
        30: o_w_shift_addr = 120;
        31: o_w_shift_addr = 248;
        32: o_w_shift_addr = 4;
        33: o_w_shift_addr = 132;
        34: o_w_shift_addr = 68;
        35: o_w_shift_addr = 196;
        36: o_w_shift_addr = 36;
        37: o_w_shift_addr = 164;
        38: o_w_shift_addr = 100;
        39: o_w_shift_addr = 228;
        40: o_w_shift_addr = 20;
        41: o_w_shift_addr = 148;
        42: o_w_shift_addr = 84;
        43: o_w_shift_addr = 212;
        44: o_w_shift_addr = 52;
        45: o_w_shift_addr = 180;
        46: o_w_shift_addr = 116;
        47: o_w_shift_addr = 244;
        48: o_w_shift_addr = 12;
        49: o_w_shift_addr = 140;
        50: o_w_shift_addr = 76;
        51: o_w_shift_addr = 204;
        52: o_w_shift_addr = 44;
        53: o_w_shift_addr = 172;
        54: o_w_shift_addr = 108;
        55: o_w_shift_addr = 236;
        56: o_w_shift_addr = 28;
        57: o_w_shift_addr = 156;
        58: o_w_shift_addr = 92;
        59: o_w_shift_addr = 220;
        60: o_w_shift_addr = 60;
        61: o_w_shift_addr = 188;
        62: o_w_shift_addr = 124;
        63: o_w_shift_addr = 252;
        64: o_w_shift_addr = 2;
        65: o_w_shift_addr = 130;
        66: o_w_shift_addr = 66;
        67: o_w_shift_addr = 194;
        68: o_w_shift_addr = 34;
        69: o_w_shift_addr = 162;
        70: o_w_shift_addr = 98;
        71: o_w_shift_addr = 226;
        72: o_w_shift_addr = 18;
        73: o_w_shift_addr = 146;
        74: o_w_shift_addr = 82;
        75: o_w_shift_addr = 210;
        76: o_w_shift_addr = 50;
        77: o_w_shift_addr = 178;
        78: o_w_shift_addr = 114;
        79: o_w_shift_addr = 242;
        80: o_w_shift_addr = 10;
        81: o_w_shift_addr = 138;
        82: o_w_shift_addr = 74;
        83: o_w_shift_addr = 202;
        84: o_w_shift_addr = 42;
        85: o_w_shift_addr = 170;
        86: o_w_shift_addr = 106;
        87: o_w_shift_addr = 234;
        88: o_w_shift_addr = 26;
        89: o_w_shift_addr = 154;
        90: o_w_shift_addr = 90;
        91: o_w_shift_addr = 218;
        92: o_w_shift_addr = 58;
        93: o_w_shift_addr = 186;
        94: o_w_shift_addr = 122;
        95: o_w_shift_addr = 250;
        96: o_w_shift_addr = 6;
        97: o_w_shift_addr = 134;
        98: o_w_shift_addr = 70;
        99: o_w_shift_addr = 198;
        100: o_w_shift_addr = 38;
        101: o_w_shift_addr = 166;
        102: o_w_shift_addr = 102;
        103: o_w_shift_addr = 230;
        104: o_w_shift_addr = 22;
        105: o_w_shift_addr = 150;
        106: o_w_shift_addr = 86;
        107: o_w_shift_addr = 214;
        108: o_w_shift_addr = 54;
        109: o_w_shift_addr = 182;
        110: o_w_shift_addr = 118;
        111: o_w_shift_addr = 246;
        112: o_w_shift_addr = 14;
        113: o_w_shift_addr = 142;
        114: o_w_shift_addr = 78;
        115: o_w_shift_addr = 206;
        116: o_w_shift_addr = 46;
        117: o_w_shift_addr = 174;
        118: o_w_shift_addr = 110;
        119: o_w_shift_addr = 238;
        120: o_w_shift_addr = 30;
        121: o_w_shift_addr = 158;
        122: o_w_shift_addr = 94;
        123: o_w_shift_addr = 222;
        124: o_w_shift_addr = 62;
        125: o_w_shift_addr = 190;
        126: o_w_shift_addr = 126;
        127: o_w_shift_addr = 254;
        128: o_w_shift_addr = 1;
        129: o_w_shift_addr = 129;
        130: o_w_shift_addr = 65;
        131: o_w_shift_addr = 193;
        132: o_w_shift_addr = 33;
        133: o_w_shift_addr = 161;
        134: o_w_shift_addr = 97;
        135: o_w_shift_addr = 225;
        136: o_w_shift_addr = 17;
        137: o_w_shift_addr = 145;
        138: o_w_shift_addr = 81;
        139: o_w_shift_addr = 209;
        140: o_w_shift_addr = 49;
        141: o_w_shift_addr = 177;
        142: o_w_shift_addr = 113;
        143: o_w_shift_addr = 241;
        144: o_w_shift_addr = 9;
        145: o_w_shift_addr = 137;
        146: o_w_shift_addr = 73;
        147: o_w_shift_addr = 201;
        148: o_w_shift_addr = 41;
        149: o_w_shift_addr = 169;
        150: o_w_shift_addr = 105;
        151: o_w_shift_addr = 233;
        152: o_w_shift_addr = 25;
        153: o_w_shift_addr = 153;
        154: o_w_shift_addr = 89;
        155: o_w_shift_addr = 217;
        156: o_w_shift_addr = 57;
        157: o_w_shift_addr = 185;
        158: o_w_shift_addr = 121;
        159: o_w_shift_addr = 249;
        160: o_w_shift_addr = 5;
        161: o_w_shift_addr = 133;
        162: o_w_shift_addr = 69;
        163: o_w_shift_addr = 197;
        164: o_w_shift_addr = 37;
        165: o_w_shift_addr = 165;
        166: o_w_shift_addr = 101;
        167: o_w_shift_addr = 229;
        168: o_w_shift_addr = 21;
        169: o_w_shift_addr = 149;
        170: o_w_shift_addr = 85;
        171: o_w_shift_addr = 213;
        172: o_w_shift_addr = 53;
        173: o_w_shift_addr = 181;
        174: o_w_shift_addr = 117;
        175: o_w_shift_addr = 245;
        176: o_w_shift_addr = 13;
        177: o_w_shift_addr = 141;
        178: o_w_shift_addr = 77;
        179: o_w_shift_addr = 205;
        180: o_w_shift_addr = 45;
        181: o_w_shift_addr = 173;
        182: o_w_shift_addr = 109;
        183: o_w_shift_addr = 237;
        184: o_w_shift_addr = 29;
        185: o_w_shift_addr = 157;
        186: o_w_shift_addr = 93;
        187: o_w_shift_addr = 221;
        188: o_w_shift_addr = 61;
        189: o_w_shift_addr = 189;
        190: o_w_shift_addr = 125;
        191: o_w_shift_addr = 253;
        192: o_w_shift_addr = 3;
        193: o_w_shift_addr = 131;
        194: o_w_shift_addr = 67;
        195: o_w_shift_addr = 195;
        196: o_w_shift_addr = 35;
        197: o_w_shift_addr = 163;
        198: o_w_shift_addr = 99;
        199: o_w_shift_addr = 227;
        200: o_w_shift_addr = 19;
        201: o_w_shift_addr = 147;
        202: o_w_shift_addr = 83;
        203: o_w_shift_addr = 211;
        204: o_w_shift_addr = 51;
        205: o_w_shift_addr = 179;
        206: o_w_shift_addr = 115;
        207: o_w_shift_addr = 243;
        208: o_w_shift_addr = 11;
        209: o_w_shift_addr = 139;
        210: o_w_shift_addr = 75;
        211: o_w_shift_addr = 203;
        212: o_w_shift_addr = 43;
        213: o_w_shift_addr = 171;
        214: o_w_shift_addr = 107;
        215: o_w_shift_addr = 235;
        216: o_w_shift_addr = 27;
        217: o_w_shift_addr = 155;
        218: o_w_shift_addr = 91;
        219: o_w_shift_addr = 219;
        220: o_w_shift_addr = 59;
        221: o_w_shift_addr = 187;
        222: o_w_shift_addr = 123;
        223: o_w_shift_addr = 251;
        224: o_w_shift_addr = 7;
        225: o_w_shift_addr = 135;
        226: o_w_shift_addr = 71;
        227: o_w_shift_addr = 199;
        228: o_w_shift_addr = 39;
        229: o_w_shift_addr = 167;
        230: o_w_shift_addr = 103;
        231: o_w_shift_addr = 231;
        232: o_w_shift_addr = 23;
        233: o_w_shift_addr = 151;
        234: o_w_shift_addr = 87;
        235: o_w_shift_addr = 215;
        236: o_w_shift_addr = 55;
        237: o_w_shift_addr = 183;
        238: o_w_shift_addr = 119;
        239: o_w_shift_addr = 247;
        240: o_w_shift_addr = 15;
        241: o_w_shift_addr = 143;
        242: o_w_shift_addr = 79;
        243: o_w_shift_addr = 207;
        244: o_w_shift_addr = 47;
        245: o_w_shift_addr = 175;
        246: o_w_shift_addr = 111;
        247: o_w_shift_addr = 239;
        248: o_w_shift_addr = 31;
        249: o_w_shift_addr = 159;
        250: o_w_shift_addr = 95;
        251: o_w_shift_addr = 223;
        252: o_w_shift_addr = 63;
        253: o_w_shift_addr = 191;
        254: o_w_shift_addr = 127;
        default: o_w_shift_addr = 255;
    endcase
end



assign inst_7_w_mult = (inst_7_r_shift_dout * inst_7_w_rom_dout);



assign o_w_dualram_data = fsm_dualram_r_dout;


always @(posedge i_clk) begin: FFT_FSM_FSM_DUALRAM_SEQ
    fsm_dualram_r_dout <= fsm_dualram_mem[i_w_muxed_rd_addr];
    if ((i_w_muxed_we == 1)) begin
        fsm_dualram_mem[i_w_muxed_wr_addr] <= i_w_muxed_data;
    end
end


always @(r_state, o_w_union4_rd_addr) begin: FFT_FSM_F_MUXED_RD_ADDR
    if ((r_state == 5'b00100)) begin
        i_w_muxed_rd_addr = 0;
    end
    else begin
        i_w_muxed_rd_addr = o_w_union4_rd_addr;
    end
end


always @(r_state, o_w_shift_active, o_w_union4_we) begin: FFT_FSM_F_MUXED_WE
    if ((r_state == 5'b00100)) begin
        i_w_muxed_we = o_w_shift_active;
    end
    else begin
        i_w_muxed_we = o_w_union4_we;
    end
end

endmodule